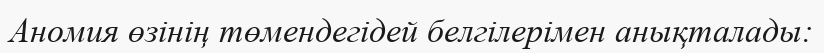
Аномия өзiнiң төмендегiдей белгiлерiмен анықталады: